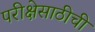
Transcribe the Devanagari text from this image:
परीक्षेसाठीची